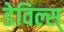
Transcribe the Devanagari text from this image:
डेविल्स्